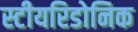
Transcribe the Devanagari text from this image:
स्टीयरिडोनिक